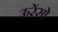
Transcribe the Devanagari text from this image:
ऊरेंसो